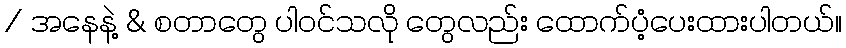
/ အနေနဲ့ & စတာတွေ ပါဝင်သလို တွေလည်း ထောက်ပံ့ပေးထားပါတယ်။